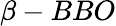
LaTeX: \beta-BBO